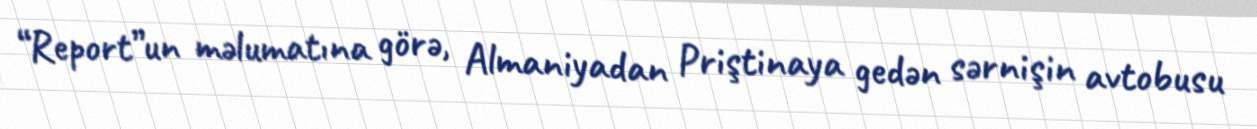
“Report”un məlumatına görə, Almaniyadan Priştinaya gedən sərnişin avtobusu